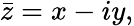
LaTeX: {\bar{z}}=x-iy,